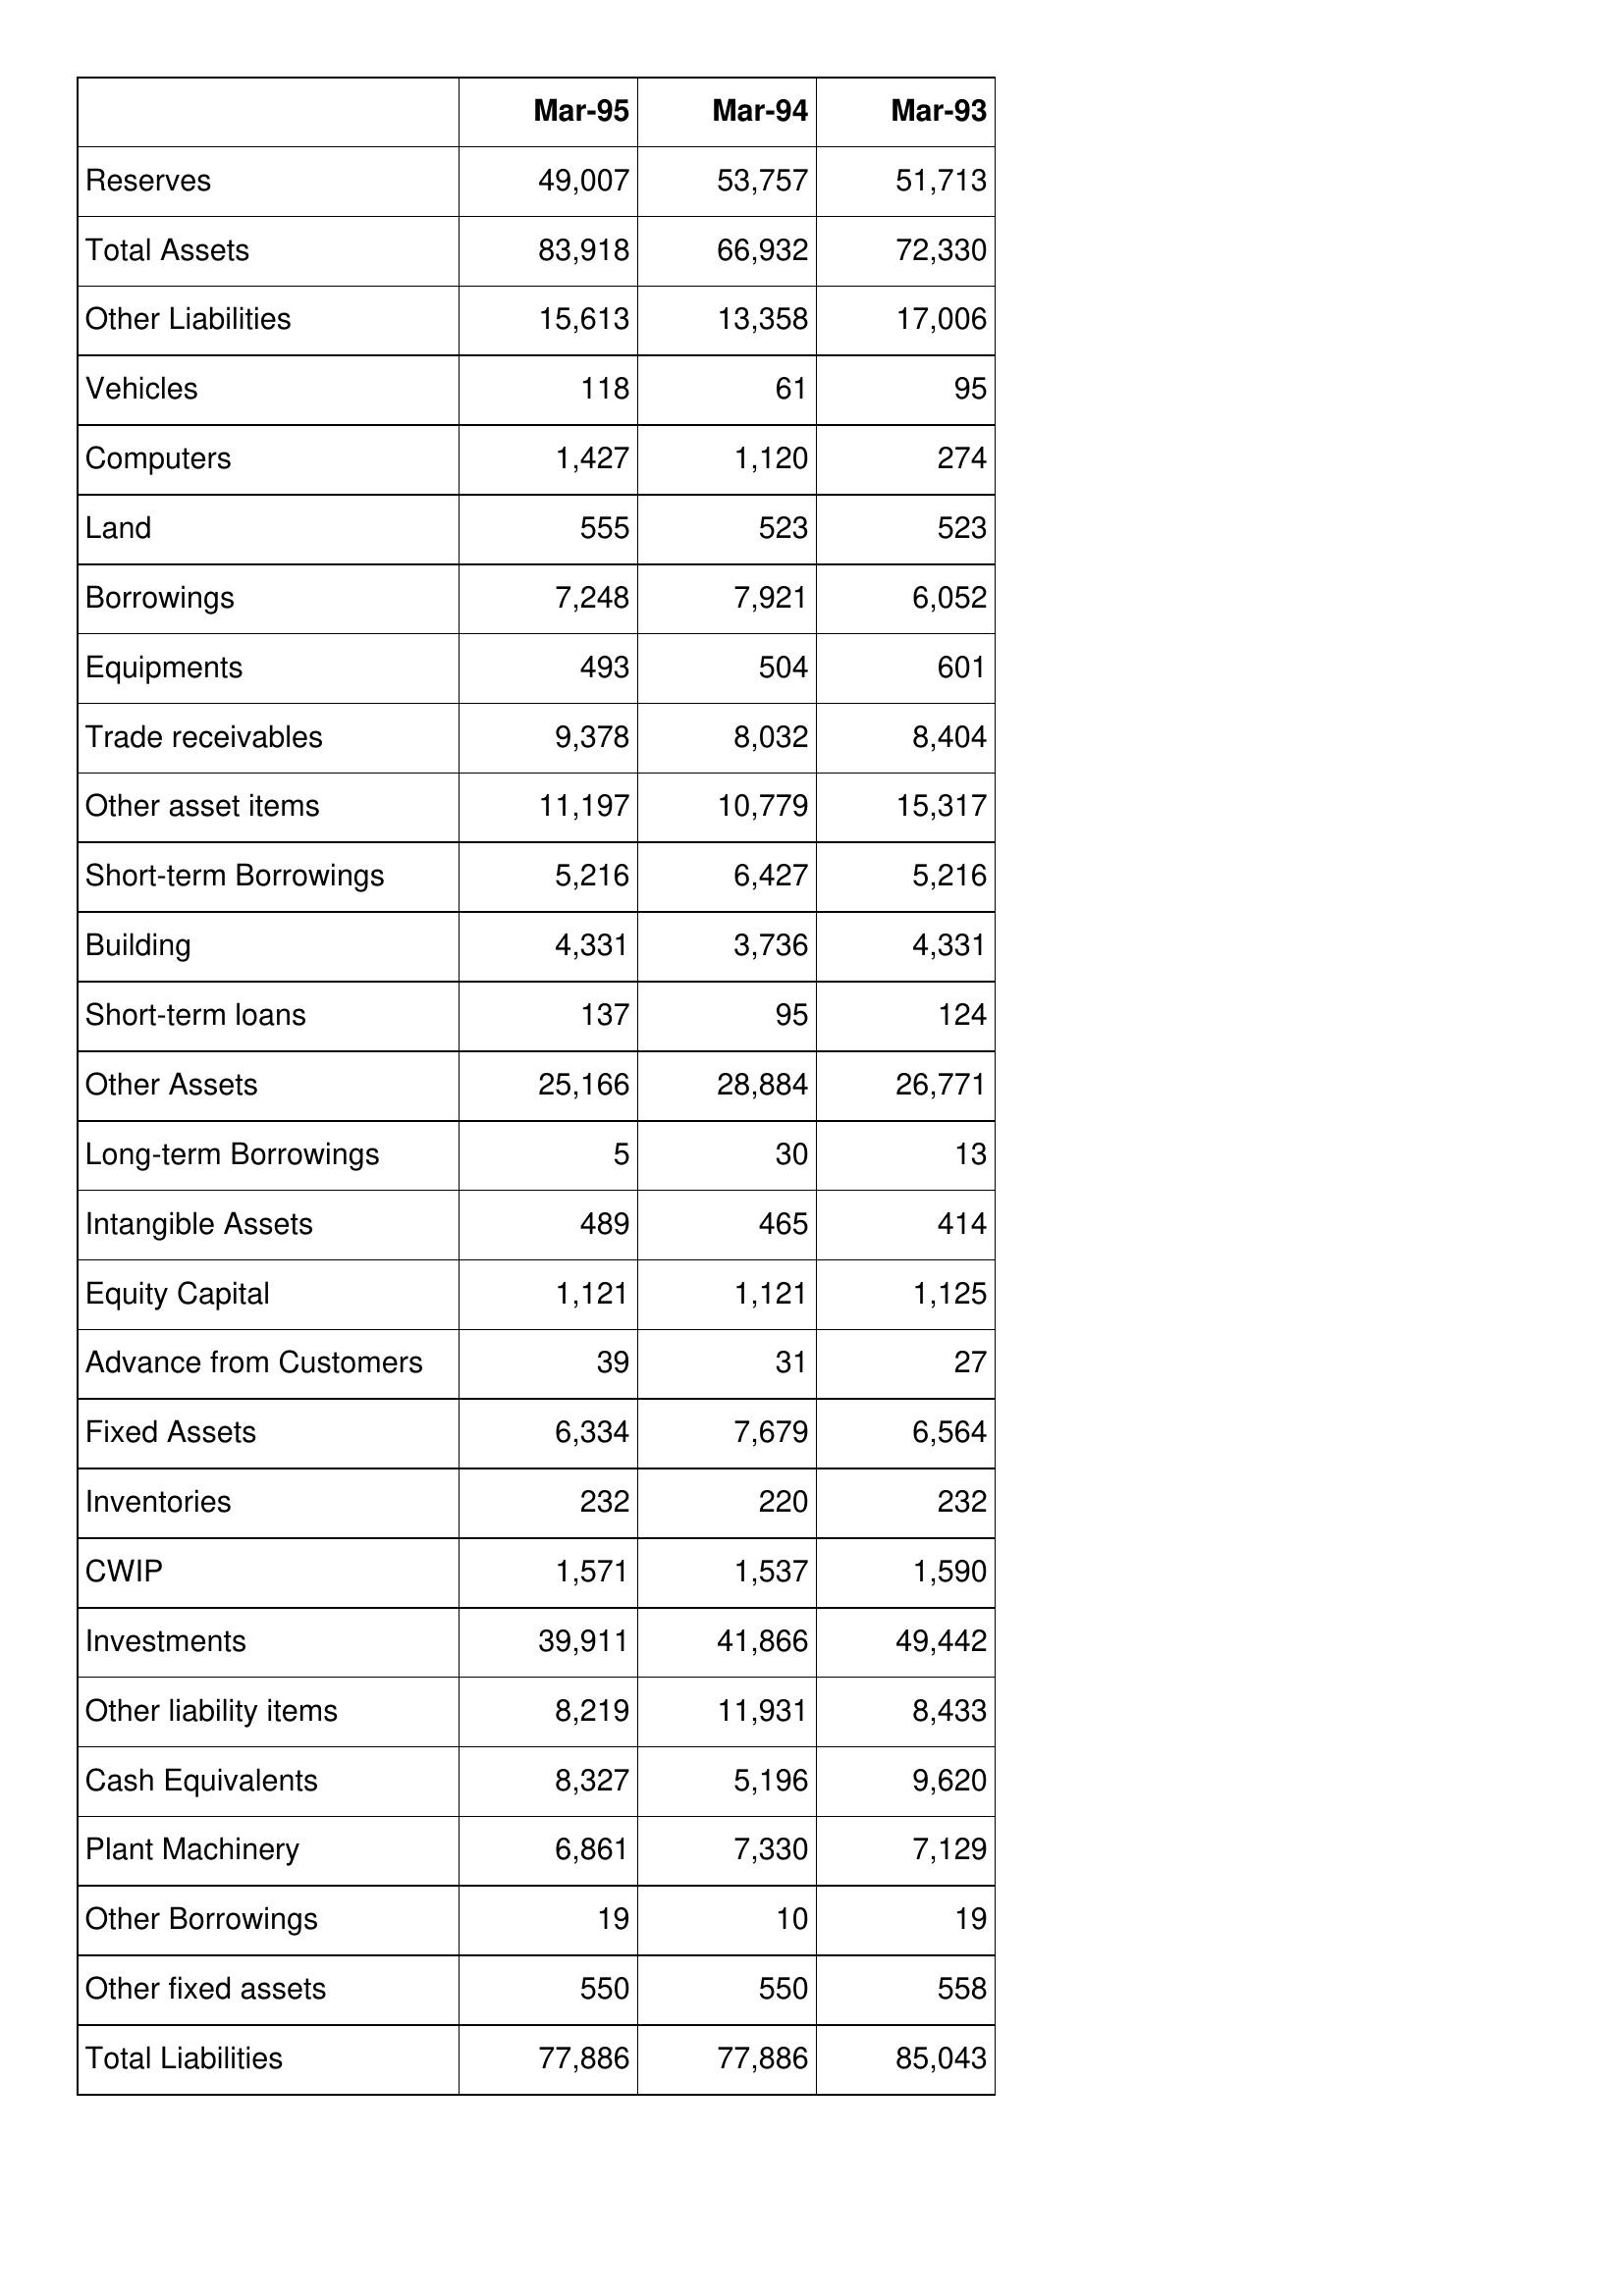
Mar-95: Balance Sheet: Reserves: 49,007
Total Assets: 83,918
Other Liabilities: 15,613
Vehicles: 118
Computers: 1,427
Land: 555
Borrowings: 7,248
Equipments: 493
Trade receivables: 9,378
Other asset items: 11,197
Short-term Borrowings: 5,216
Building: 4,331
Short-term loans: 137
Other Assets: 25,166
Long-term Borrowings: 5
Intangible Assets: 489
Equity Capital: 1,121
Advance from Customers: 39
Fixed Assets: 6,334
Inventories: 232
CWIP: 1,571
Investments: 39,911
Other liability items: 8,219
Cash Equivalents: 8,327
Plant Machinery: 6,861
Other Borrowings: 19
Other fixed assets: 550
Total Liabilities: 77,886
Mar-94: Balance Sheet: Reserves: 53,757
Total Assets: 66,932
Other Liabilities: 13,358
Vehicles: 61
Computers: 1,120
Land: 523
Borrowings: 7,921
Equipments: 504
Trade receivables: 8,032
Other asset items: 10,779
Short-term Borrowings: 6,427
Building: 3,736
Short-term loans: 95
Other Assets: 28,884
Long-term Borrowings: 30
Intangible Assets: 465
Equity Capital: 1,121
Advance from Customers: 31
Fixed Assets: 7,679
Inventories: 220
CWIP: 1,537
Investments: 41,866
Other liability items: 11,931
Cash Equivalents: 5,196
Plant Machinery: 7,330
Other Borrowings: 10
Other fixed assets: 550
Total Liabilities: 77,886
Mar-93: Balance Sheet: Reserves: 51,713
Total Assets: 72,330
Other Liabilities: 17,006
Vehicles: 95
Computers: 274
Land: 523
Borrowings: 6,052
Equipments: 601
Trade receivables: 8,404
Other asset items: 15,317
Short-term Borrowings: 5,216
Building: 4,331
Short-term loans: 124
Other Assets: 26,771
Long-term Borrowings: 13
Intangible Assets: 414
Equity Capital: 1,125
Advance from Customers: 27
Fixed Assets: 6,564
Inventories: 232
CWIP: 1,590
Investments: 49,442
Other liability items: 8,433
Cash Equivalents: 9,620
Plant Machinery: 7,129
Other Borrowings: 19
Other fixed assets: 558
Total Liabilities: 85,043